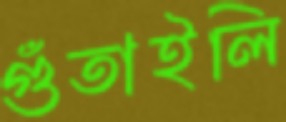
গুঁতাইলি